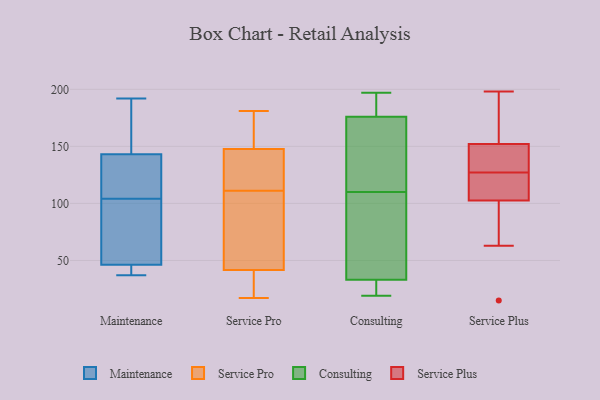
{"axis": {"x": "Satisfaction Score", "y": "Value"}, "legend": ["Consulting", "Maintenance", "Service Plus", "Service Pro"], "data": [{"x": "", "y": 152, "type": "Maintenance"}, {"x": "", "y": 38, "type": "Maintenance"}, {"x": "", "y": 137, "type": "Maintenance"}, {"x": "", "y": 46, "type": "Maintenance"}, {"x": "", "y": 93, "type": "Maintenance"}, {"x": "", "y": 192, "type": "Maintenance"}, {"x": "", "y": 47, "type": "Maintenance"}, {"x": "", "y": 38, "type": "Maintenance"}, {"x": "", "y": 188, "type": "Maintenance"}, {"x": "", "y": 65, "type": "Maintenance"}, {"x": "", "y": 37, "type": "Maintenance"}, {"x": "", "y": 145, "type": "Maintenance"}, {"x": "", "y": 136, "type": "Maintenance"}, {"x": "", "y": 104, "type": "Maintenance"}, {"x": "", "y": 129, "type": "Maintenance"}, {"x": "", "y": 26, "type": "Service Pro"}, {"x": "", "y": 175, "type": "Service Pro"}, {"x": "", "y": 96, "type": "Service Pro"}, {"x": "", "y": 126, "type": "Service Pro"}, {"x": "", "y": 179, "type": "Service Pro"}, {"x": "", "y": 157, "type": "Service Pro"}, {"x": "", "y": 58, "type": "Service Pro"}, {"x": "", "y": 124, "type": "Service Pro"}, {"x": "", "y": 129, "type": "Service Pro"}, {"x": "", "y": 17, "type": "Service Pro"}, {"x": "", "y": 111, "type": "Service Pro"}, {"x": "", "y": 106, "type": "Service Pro"}, {"x": "", "y": 20, "type": "Service Pro"}, {"x": "", "y": 53, "type": "Service Pro"}, {"x": "", "y": 147, "type": "Service Pro"}, {"x": "", "y": 148, "type": "Service Pro"}, {"x": "", "y": 38, "type": "Service Pro"}, {"x": "", "y": 181, "type": "Service Pro"}, {"x": "", "y": 31, "type": "Service Pro"}, {"x": "", "y": 197, "type": "Consulting"}, {"x": "", "y": 194, "type": "Consulting"}, {"x": "", "y": 77, "type": "Consulting"}, {"x": "", "y": 156, "type": "Consulting"}, {"x": "", "y": 163, "type": "Consulting"}, {"x": "", "y": 193, "type": "Consulting"}, {"x": "", "y": 183, "type": "Consulting"}, {"x": "", "y": 166, "type": "Consulting"}, {"x": "", "y": 33, "type": "Consulting"}, {"x": "", "y": 19, "type": "Consulting"}, {"x": "", "y": 26, "type": "Consulting"}, {"x": "", "y": 26, "type": "Consulting"}, {"x": "", "y": 128, "type": "Consulting"}, {"x": "", "y": 29, "type": "Consulting"}, {"x": "", "y": 76, "type": "Consulting"}, {"x": "", "y": 92, "type": "Consulting"}, {"x": "", "y": 84, "type": "Consulting"}, {"x": "", "y": 176, "type": "Consulting"}, {"x": "", "y": 172, "type": "Service Plus"}, {"x": "", "y": 108, "type": "Service Plus"}, {"x": "", "y": 154, "type": "Service Plus"}, {"x": "", "y": 141, "type": "Service Plus"}, {"x": "", "y": 142, "type": "Service Plus"}, {"x": "", "y": 147, "type": "Service Plus"}, {"x": "", "y": 193, "type": "Service Plus"}, {"x": "", "y": 69, "type": "Service Plus"}, {"x": "", "y": 131, "type": "Service Plus"}, {"x": "", "y": 165, "type": "Service Plus"}, {"x": "", "y": 150, "type": "Service Plus"}, {"x": "", "y": 98, "type": "Service Plus"}, {"x": "", "y": 63, "type": "Service Plus"}, {"x": "", "y": 123, "type": "Service Plus"}, {"x": "", "y": 107, "type": "Service Plus"}, {"x": "", "y": 123, "type": "Service Plus"}, {"x": "", "y": 109, "type": "Service Plus"}, {"x": "", "y": 91, "type": "Service Plus"}, {"x": "", "y": 198, "type": "Service Plus"}, {"x": "", "y": 15, "type": "Service Plus"}]}